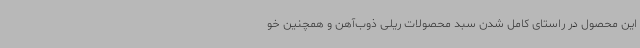
این محصول در راستای کامل شدن سبد محصولات ریلی ذوب‌آهن و همچنین خو